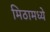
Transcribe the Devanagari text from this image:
मिठामध्ये